Calcutta medical institutions reports 1871-78
Year: 1871
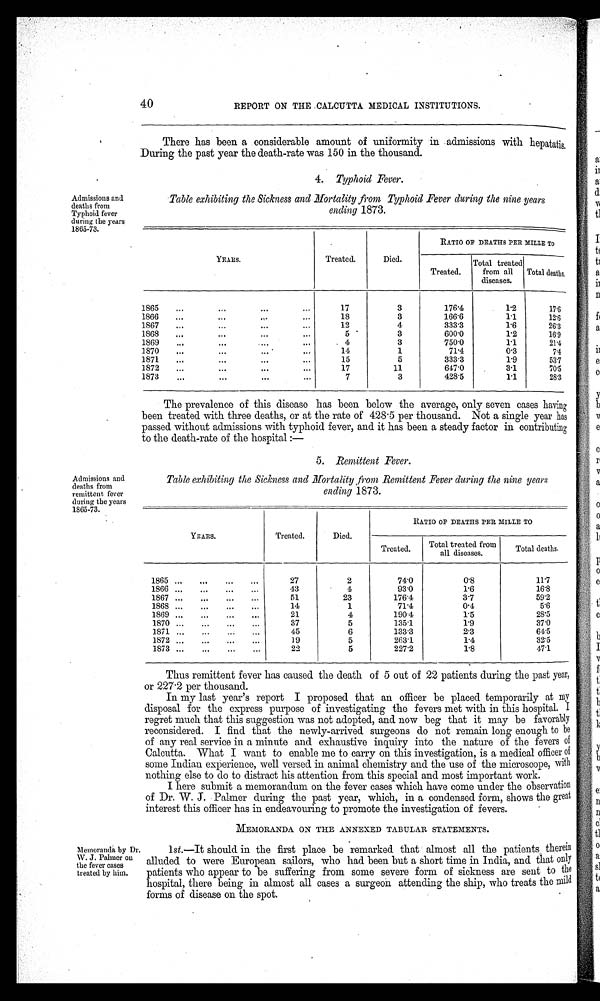
4 0
REPORT ON THE CALCUTTA MEDICAL INSTITUTIONS.
There has been a considerable amount of uniformity in admissions with hepatatis
.
During the past year the death-rate was 150 in the thousand.
Admissions and
deaths from
Typhoid fever
during the years
1865-73.
Admissions and
deaths from
remittent fever
during the years
1865-73.
4. Typhoid Fever.
Table exhibiting the Sickness and Mortality from Typhoid Fever during the nine years
ending 1873.
YEARS.
Treated.
Died.
RATIO OF DEATHS PER MILLE To
Treated.
Total treated
from all
diseases.
Total deaths,
1865
..,
.•'
...
...
17
3
176'4
1.2
17'6
1866
...
...
-
...
18
3
166'6
1.1
12'6
1867
...
...
...
...
12
4
333.3
1.6
26'3
1868
...
...
...
.•.
5 '
3
600.0
1'2
16'9
1869
...
...
...
•••
4
3
750.0
U.
214
1870
...
...
... '
.••
14
1
71.4
0.3
7.4
1871
...
...
...
15
5
333.3
1.9
531
1872
...
•••
...
...
17
11
647'0
3.1
70.5
1873
,..
...
...
...
7
3
428'5
1.1
28'3
The prevalence of this disease has been below the average, only seven cases having
been treated with three deaths, or at the rate of 428 . 5 per thousand. Not a single year has
passed. without admissions with typhoid fever, and it has been a steady factor in contributing
to the death-rate of the hospital :-
5. Remittent Fever.
Table exhibiting the Sickness and Mortality from Remittent Fever during the nine years
ending 1873.
YEARS.
Treated.
Died.
RATIO OF DEATHS PER MILLE TO
Treated.
Total treated from
all diseases.
Total deaths.
1865 ...
...
...
...
27
2
74.0
0.8
11'7
1866 ...
...
...
...
43
4
93'0
1.0
16'8
1867 ...
...
...
...
51
23
176'4
3/
59'2
1868 ...
...
...
•••
14
1
71.4
0.4
5'6
1869 ...
...
...
...
21
4
190.4
1.5
26.5
1870 ...
...
...
...
37
5
135.1
1.9
37'0
1871 ......
...
45
6
133.3
2.3
64.5
1872 ...
...
...
...
19
5
263.1
1.4
32'5
1873 ...
...
...
...
22
5
227'2
1.8
47'1
Alemoranda by Dr.
W. J. Palmer on
the fever cases
treated by him.
Thus remittent fever has caused the death of 5 out of 22 patients during the past year,
or 227 .2 per thousand.
In my last year's report I proposed that an officer be placed temporarily at my
disposal for the express purpose of investigating the fevers met with in this hospital.
;
regret much that this suggestion was not adopted, and now beg that it may be favorably
reconsidered. I find that the newly-arrived surgeons do not remain long enough to he
of any real service in a minute and exhaustive inquiry into the nature of the fevers of
Calcutta. What I want to enable me to carry on this investigation, is a medical of f
icer of
some Indian experience, well versed in animal chemistry and the use of the microscope, with
nothing else to do to distract his attention from this special and most important work.
I here submit a memorandum on the fever cases which have come under the observation
of Dr. W. J. Palmer during the past year, which, in a condensed form, shows the great
interest this officer has in endeavouring to promote the investigation of fevers.
MEMORANDA ON THE ANNEXED TABULAR STATEMENTS.
1st.-It should in the first place be remarked that almost all the patients., therein
alluded to were European sailors, who had been but a short time in India, and that only
patients who appear to be suffering from some severe form of sickness are sent to the
hospital, there being in almost all cases a surgeon attending the ship, who treats the mild
forms of disease on the spot.